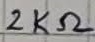
Text: 2KΩ